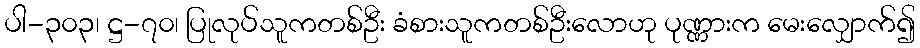
ပါ-၃၀၃၊ ဋ္ဌ-၇၀၊ ပြုလုပ်သူကတစ်ဦး ခံစားသူကတစ်ဦးလောဟု ပုဏ္ဏားက မေးလျှောက်၍